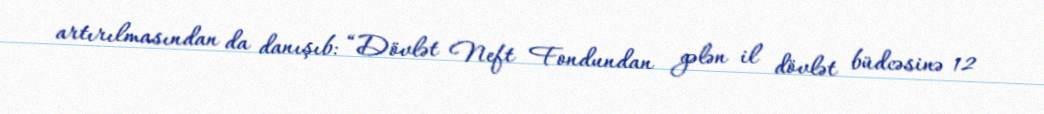
artırılmasından da danışıb: “Dövlət Neft Fondundan gələn il dövlət büdcəsinə 12